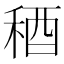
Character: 𥟁